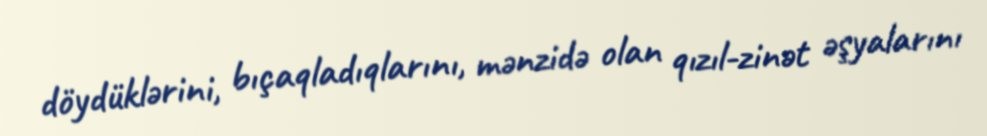
döydüklərini, bıçaqladıqlarını, mənzidə olan qızıl-zinət əşyalarını